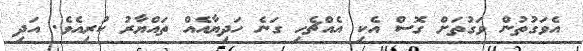
އެވަގުތުން ވަގުތަށް ގޮސް އެކި އެއްޗެހި ގަނެ ހަދިޔާއެއް ތައްޔާރު ކުރިއެވެ. އަދި